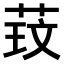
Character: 𫈑